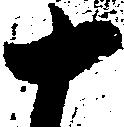
十